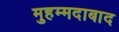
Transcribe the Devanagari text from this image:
मुहम्‍मदाबाद